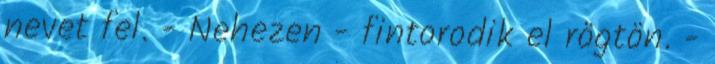
nevet fel. - Nehezen - fintorodik el rögtön. -